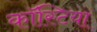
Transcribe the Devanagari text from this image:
कॉस्टिया